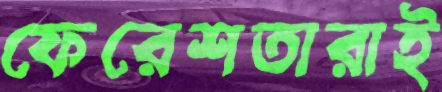
ফেরেশতারাই